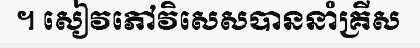
។ សៀវភៅវិសេសបាននាំគ្រីស